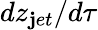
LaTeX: dz_{\mathbf{j}et}/d\tau